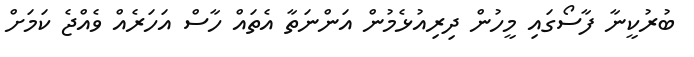
ބުރުކީނާ ފާސޯގައި މީހުން ދިރިއުޅެމުން އަންނަތާ އެތައް ހާސް އަހަރެއް ވެއްޖެ ކަމަށް